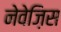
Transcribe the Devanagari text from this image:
नेवेज़िस